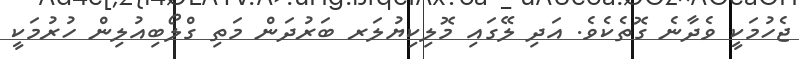
ޖެހުމަކީ ވެދާނެ ގޮތެކެވެ. އަދި ލޭގައި މޮލިކިޔުލަރ ބަރުދަން މަތި ގްލޯބިއުލިން ހުރުމަކީ